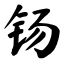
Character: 钖